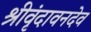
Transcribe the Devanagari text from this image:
श्रीवृंदावनदेव